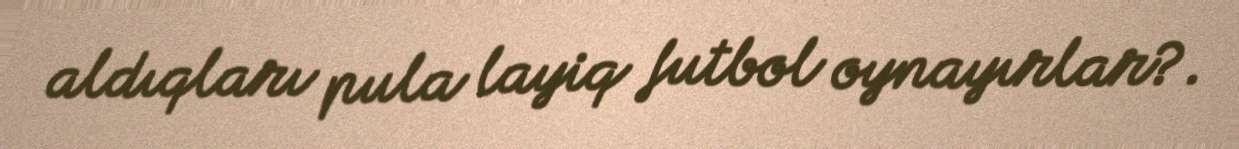
aldıqları pula layiq futbol oynayırlar?.